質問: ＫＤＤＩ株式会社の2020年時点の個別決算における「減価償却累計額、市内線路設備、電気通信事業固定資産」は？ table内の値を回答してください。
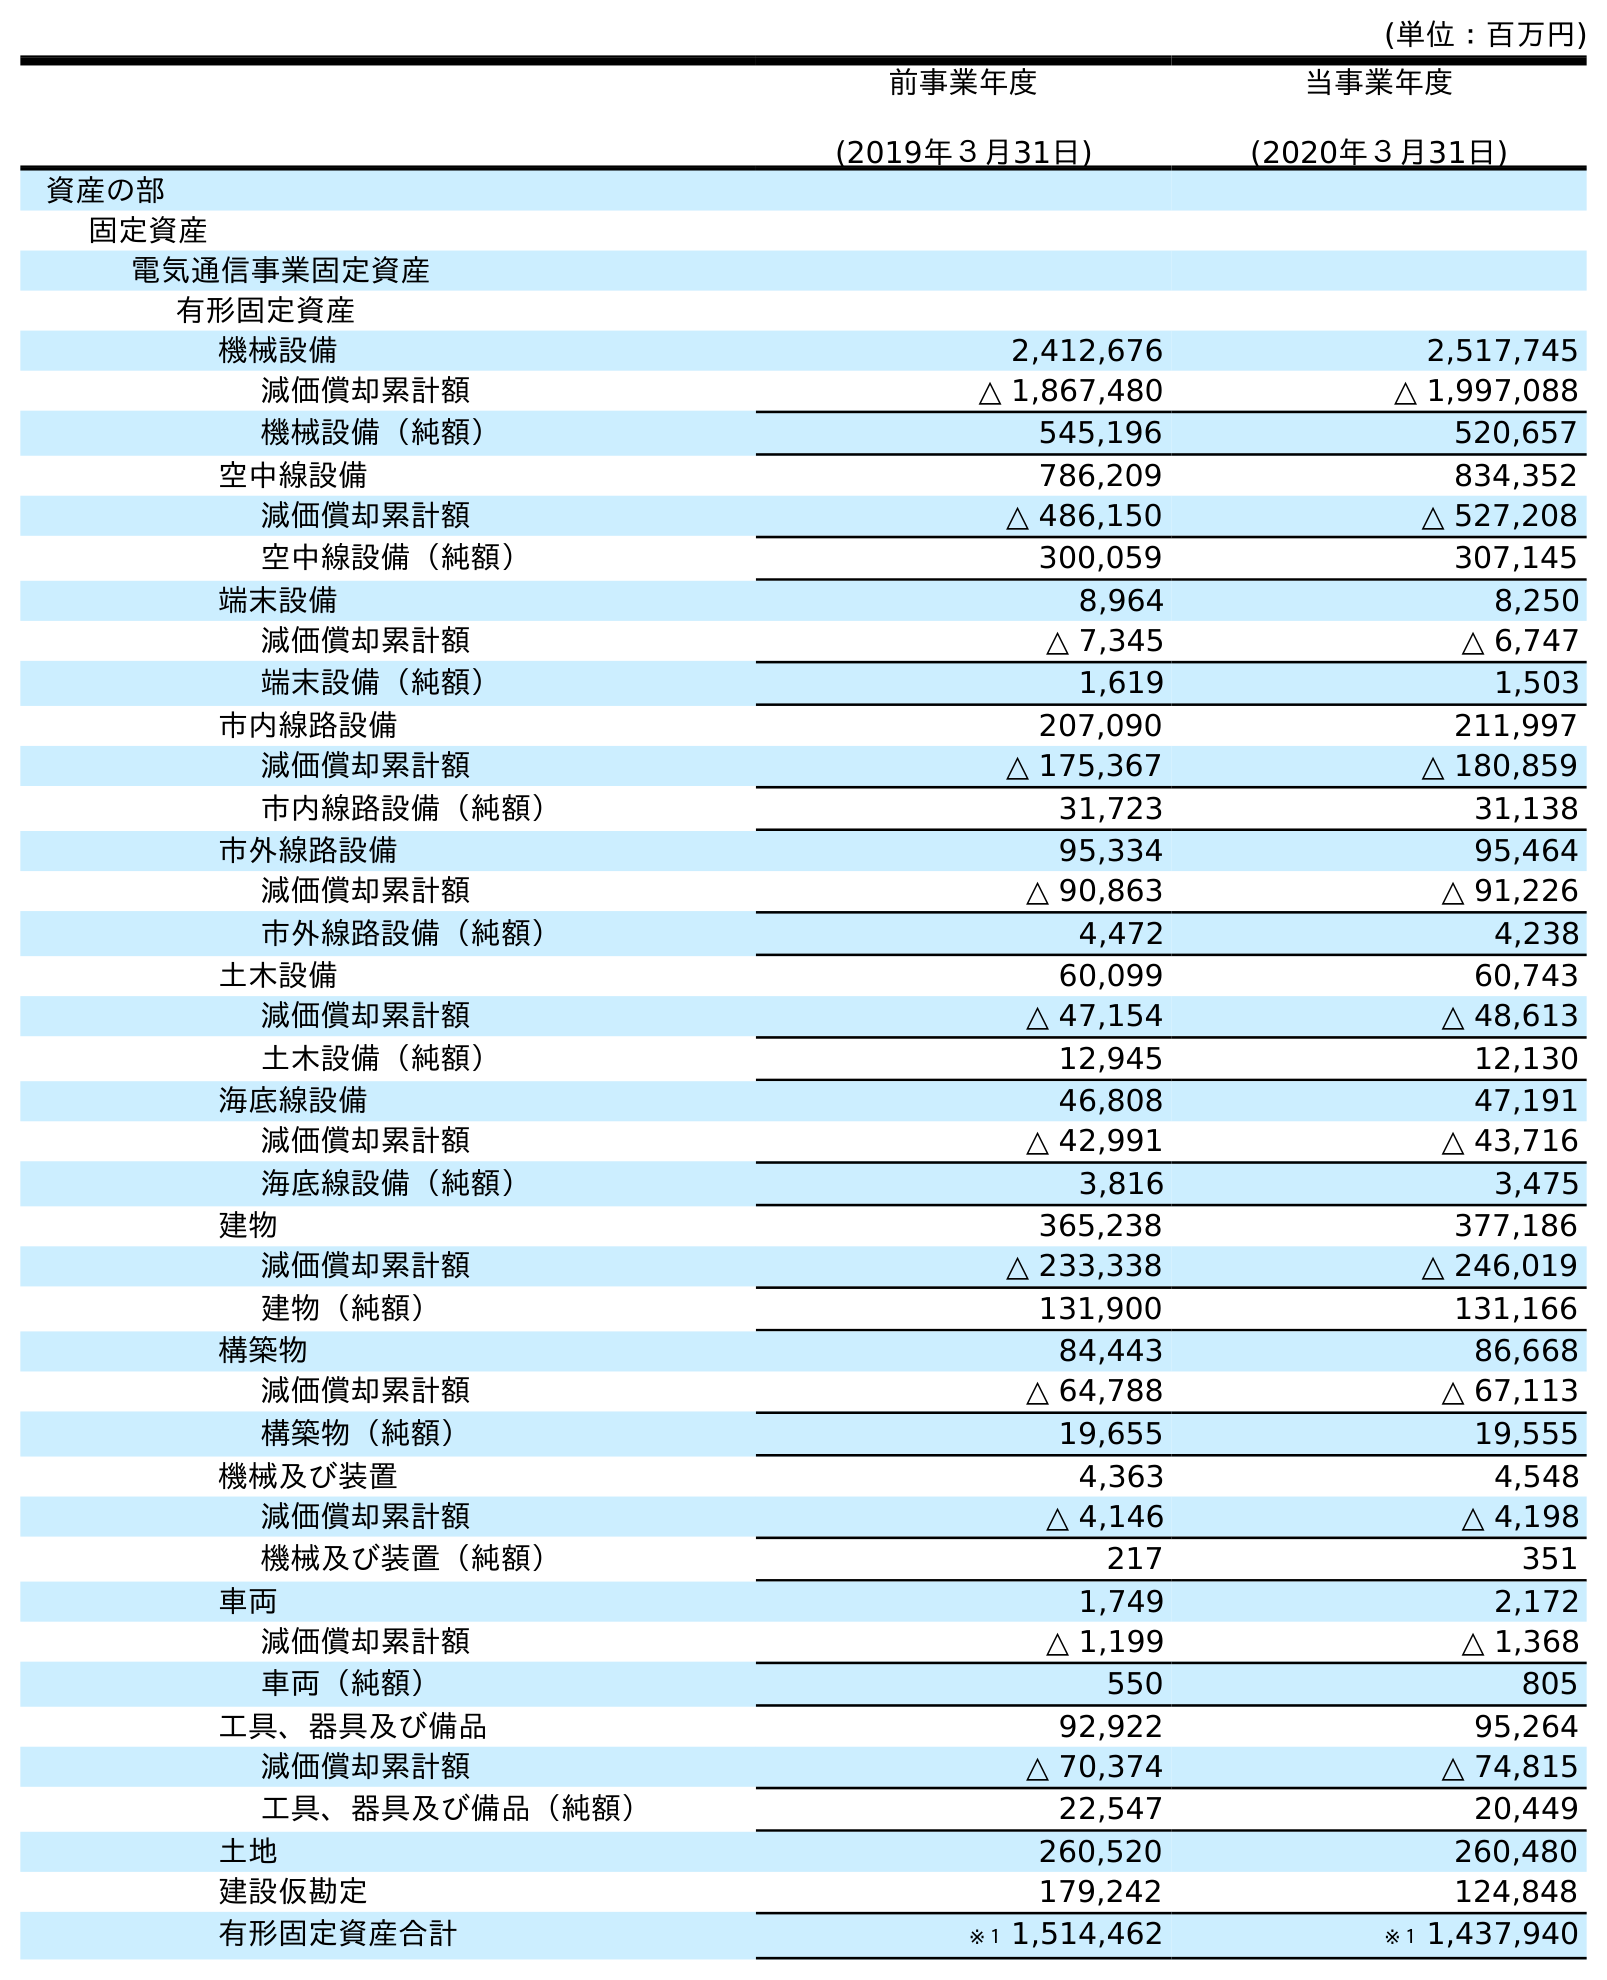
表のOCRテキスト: (単位：百万円) 前事業年度 (2019年３月31日) 当事業年度 (2020年３月31日) 資産の部 固定資産 電気通信事業固定資産 有形固定資産 機械設備 2,412,676 2,517,745 減価償却累計額 △ 1,867,480 △ 1,997,088 機械設備（純額） 545,196 520,657 空中線設備 786,209 834,352 減価償却累計額 △ 486,150 △ 527,208 空中線設備（純額） 300,059 307,145 端末設備 8,964 8,250 減価償却累計額 △ 7,345 △ 6,747 端末設備（純額） 1,619 1,503 市内線路設備 207,090 211,997 減価償却累計額 △ 175,367 △ 180,859 市内線路設備（純額） 31,723 31,138 市外線路設備 95,334 95,464 減価償却累計額 △ 90,863 △ 91,226 市外線路設備（純額） 4,472 4,238 土木設備 60,099 60,743 減価償却累計額 △ 47,154 △ 48,613 土木設備（純額） 12,945 12,130 海底線設備 46,808 47,191 減価償却累計額 △ 42,991 △ 43,716 海底線設備（純額） 3,816 3,475 建物 365,238 377,186 減価償却累計額 △ 233,338 △ 246,019 建物（純額） 131,900 131,166 構築物 84,443 86,668 減価償却累計額 △ 64,788 △ 67,113 構築物（純額） 19,655 19,555 機械及び装置 4,363 4,548 減価償却累計額 △ 4,146 △ 4,198 機械及び装置（純額） 217 351 車両 1,749 2,172 減価償却累計額 △ 1,199 △ 1,368 車両（純額） 550 805 工具、器具及び備品 92,922 95,264 減価償却累計額 △ 70,374 △ 74,815 工具、器具及び備品（純額） 22,547 20,449 土地 260,520 260,480 建設仮勘定 179,242 124,848 有形固定資産合計 ※１ 1,514,462 ※１ 1,437,940
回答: △180,859